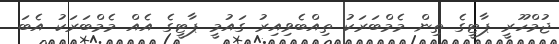
ޖުމްހޫރީ ޕާޓީގެ ތިން މެމްބަރަކު ތިއްބެވިއިރު ގައުމީ ޕާޓީގެ އެއް މެމްބަރަކު އެބަ